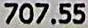
707.55